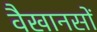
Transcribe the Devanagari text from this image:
वैखानसों